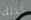
كذلك